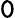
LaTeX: \mathtt{0}